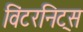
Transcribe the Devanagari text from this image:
विंटरनिट्‌स